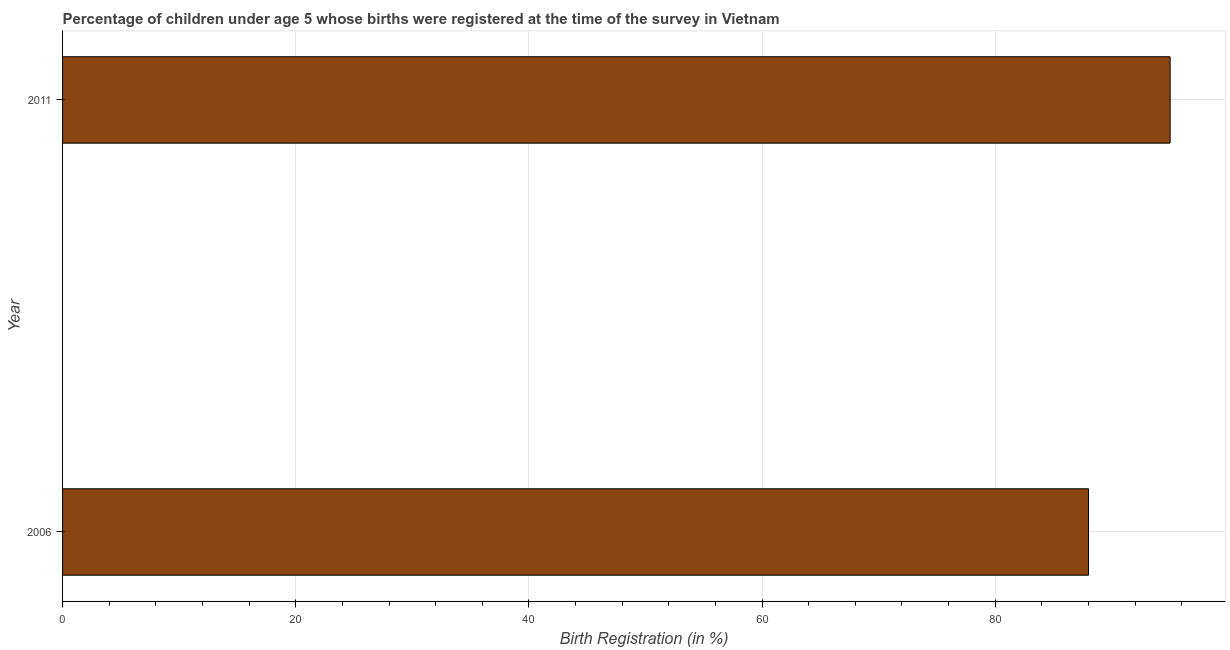
| Year | Birth registration |
 | --- | --- |
 | 2006 | 88 |
 | 2011 | 95 |